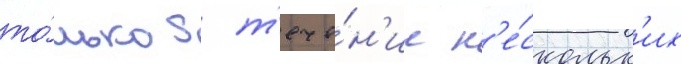
то́лько в т'ече́н'ие н'е́скольк'их